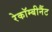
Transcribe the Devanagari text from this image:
रेकॉम्बीनैंट